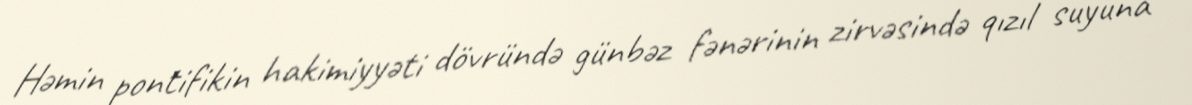
Həmin pontifikin hakimiyyəti dövründə günbəz fənərinin zirvəsində qızıl suyuna